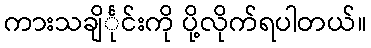
ကားသချိင်္ုင်းကို ပို့လိုက်ရပါတယ်။